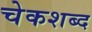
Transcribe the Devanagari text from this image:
चेकशब्द